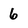
Character: 6